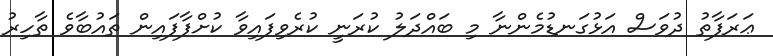
ޢަރަފާތު ދުވަސް އަޅުގަނޑުމެންނާ މި ބައްދަލު ކުރަނީ ކުރެވިފައިވާ ކުށްފާފައިން ތައުބާވެ ތާހިރު